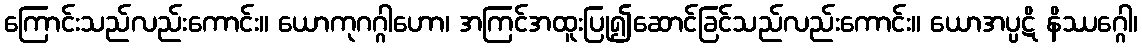
ကြောင်းသည်လည်းကောင်း။ ယောကုဂဂ္ဂါဟော၊ အကြင်အထူးပြု၍ဆောင်ခြင်သည်လည်းကောင်း။ ယောအပ္ပဋိ နိဿဂ္ဂေါ၊